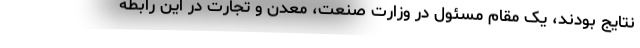
نتایج بودند، یک مقام مسئول در وزارت صنعت، معدن و تجارت در این رابطه